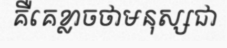
គឺគេខ្លាចថាមនុស្សជា